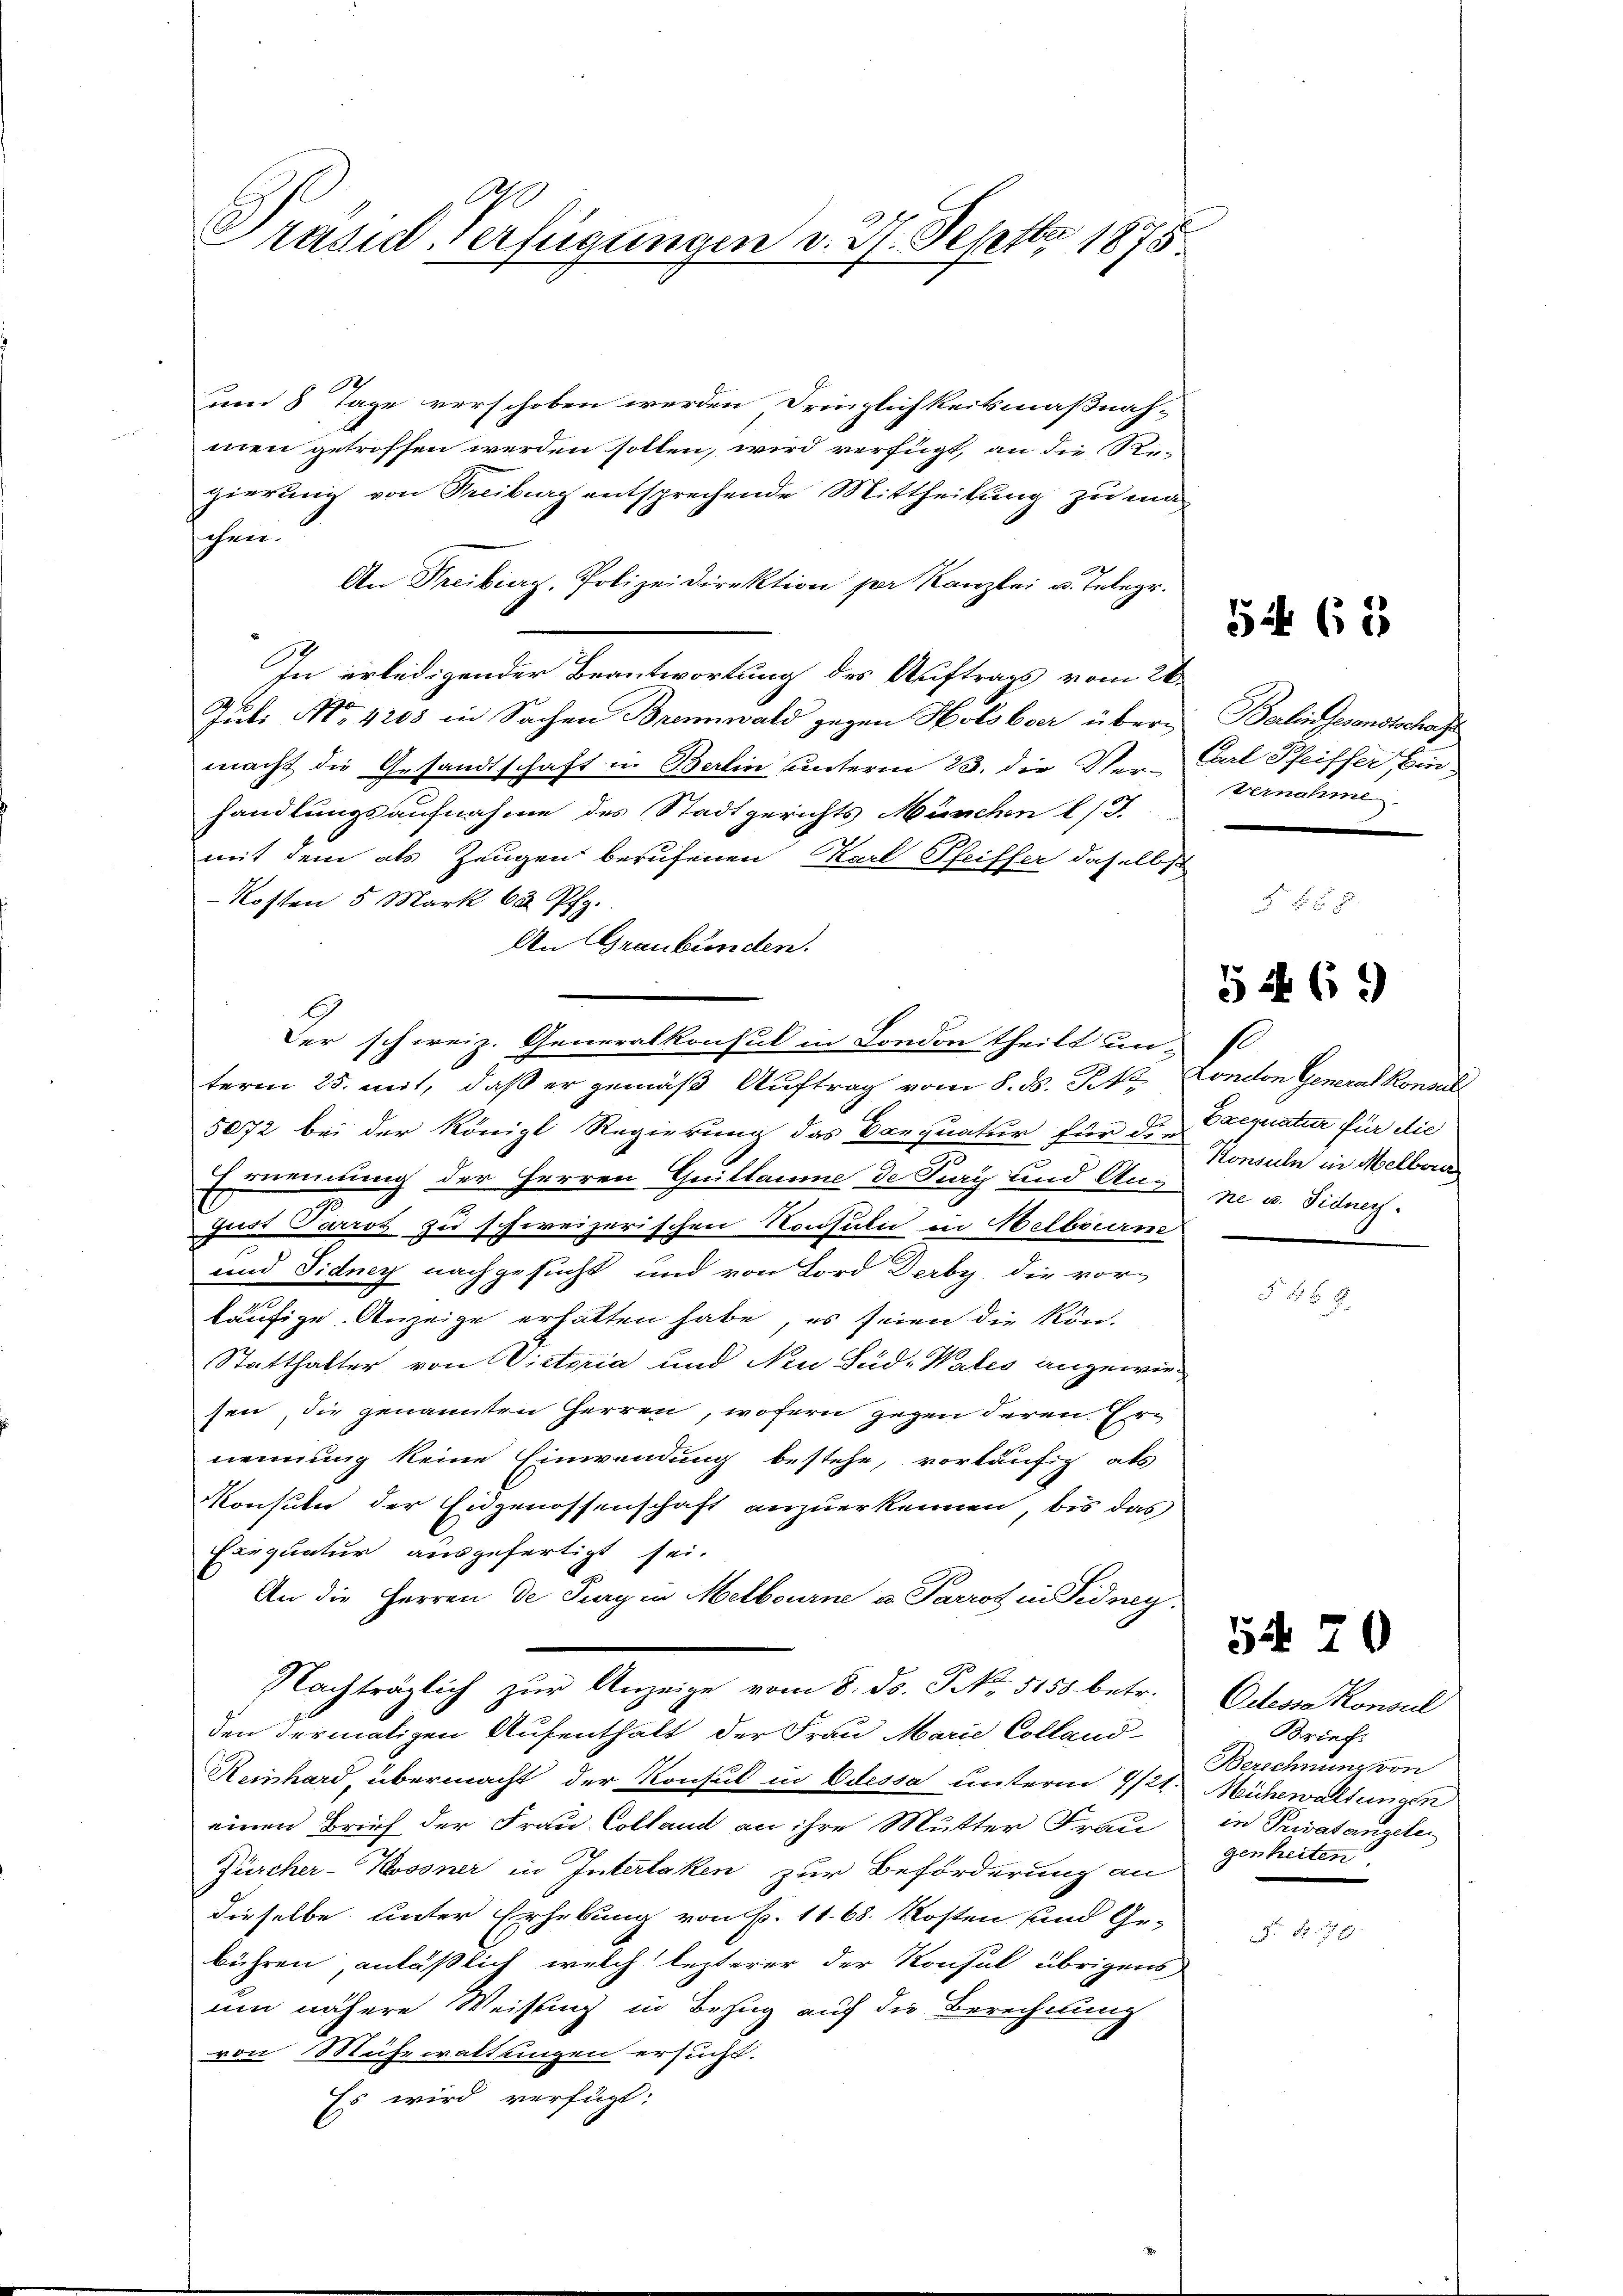
A
Präsid. Verfügungen v. 3. Septbr 1875

um 8 Tage verschoben werden Dringlichkeitsmaßnah-
men getroffen werden sollen, wird verfügt, an die R
gierung von Freiburg entsprechende Mittheilung zu maschen.
An Freiberg, Polizeidirektion per Kanzlei u. Telegr.
In erledigender Beantwortung des Auftrags vom 26.
Jubi Ao. 1205 in Sachen Brennwald gegen Holobser übermacht die Gesandtschaft in Berlin unterm 23. die Ver- Gal Pfeiffer Einhandlungsaufnahme des Stadtgerichts München l. J.
mit dem als Zeugen berufenen Karl Pfeiffer daselbst
-Kosten 5 Mark 652 Pfg.
An Graubünden.
Der schweiz. Generalkonsul in London theilt un
term 25. mit, daß er gemäß Auftrag vom 8. d. J. Condon General Konsul
5072 bei der Königl Regierung das Darquatur für die Exequatur für die
Ernennung der Herren Guillaume de Tury und Ausne u. Sidnech
Gadt Parrot zu schweizerischen Konsuln in Melbourm
und Sidney nachgesucht und von Bord Derby, die vor-
häufige Anzeige erhalten habe, es seien die kön-
Statthalter von Victoria und Neu Sud. Wates angewiesen, die genannten Herren, wofern gegen deren Ernennung keine Einwendung bestehe, vorläufig als
Konsute der Eidgenossenschaft anzuerkennen, bis das
Earquatur ausgefertigt sei.
An die Herren de Prag in Melbourne u. Parros in Fidney.
Nachträglich zur Anzeige vom 8. ds. No. 5150. betr.
den dermaligen Aufenthalt der Frau Marie Colland¬
Reinhard, übermacht der Konsul in Odessa unterm 1/21. Mühewaltungen
einen Brief der Frau Colland an ihre Mutter Frau
Zürcher-Kossner in Interlaken zur Beförderung an
dieselbe unter Erhebung von P. 11. 68. Kosten und Ge-
bühren, anläßlich welch lezterer der Konsul übrigens
um nähere Weisung in Bezug auf die Berechnung.
von Mühewaltungen ersucht.
Es wird verfügt:

Berlin Gesandtschaft
vernahme

5465

1

Konsuln in Melborn

5469)

Odessa konsul
Brief.
Berechnung von
in Privatangele
genheiten

5420